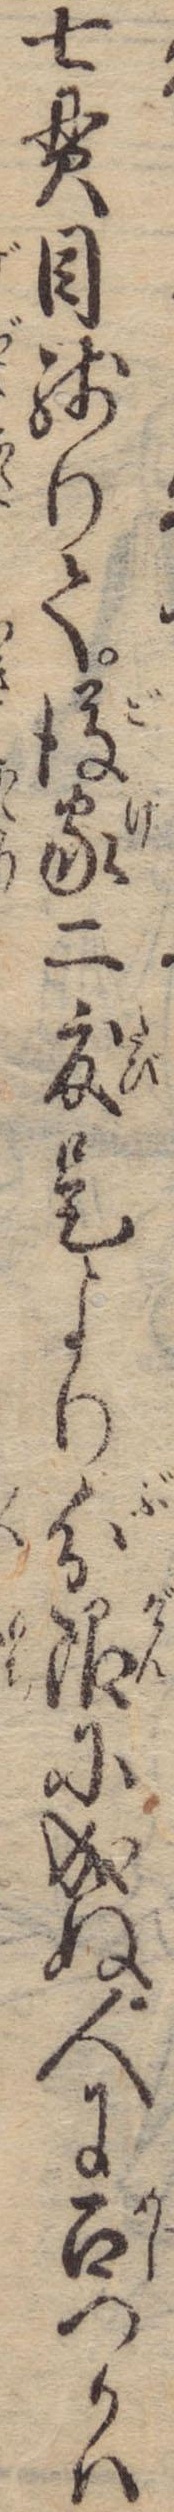
七貫目残りて後家二度是より分限に成ぬ人に召つかは